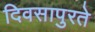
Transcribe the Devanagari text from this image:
दिवसापुरते